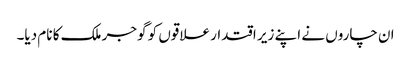
ان چاروں نے اپنے زیر اقتدار علاقوں کو گوجر ملک کا نام دیا۔